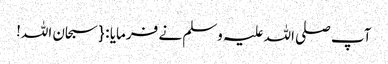
آپ صلی اللہ علیہ وسلم نے فرمایا : { سبحان اللہ!